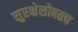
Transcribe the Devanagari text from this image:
सुरक्षेसोबतच